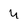
Character: y